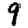
Digit: 9